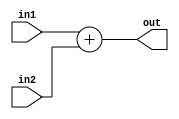
module ADDER(
  input[15:0] in1,
  input[15:0] in2,
  output[15:0] out
);

  assign out=in1+in2;
endmodule